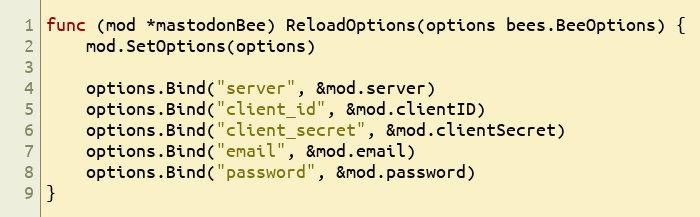
Language: Go
func (mod *mastodonBee) ReloadOptions(options bees.BeeOptions) {
	mod.SetOptions(options)

	options.Bind("server", &mod.server)
	options.Bind("client_id", &mod.clientID)
	options.Bind("client_secret", &mod.clientSecret)
	options.Bind("email", &mod.email)
	options.Bind("password", &mod.password)
}